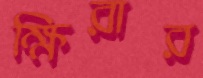
ক্ষিরার